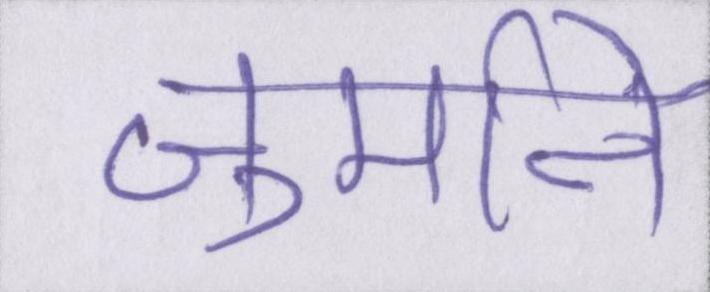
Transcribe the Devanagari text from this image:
जुर्माने